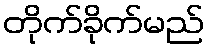
တိုက်ခိုက်မည်